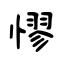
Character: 憀